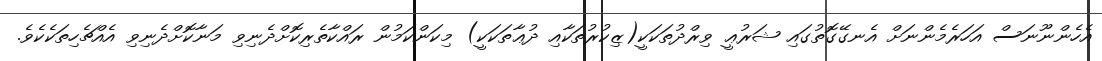
އެހެންނޫނަސް އަހަރެމެންނަށް އެނގޭގޮތުގައި ޝަރުޢީ ވިރްދުތަކަކީ(ޒިކުރުތަކާއި ދުޢާތަކަކީ) މިކަންކަމުން ރައްކާތެރިކޮށްދެނިވި މަނާކޮށްދެނިވި އެއްޗެހިތަކެކެެވެ.